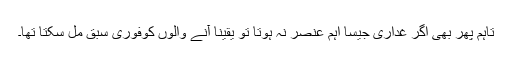
تاہم پھر بھی اگر غدارّی جیسا اہم عنصر نہ ہوتا تو یقیناً آنے والوں کوفوری سبق مِل سکتا تھا۔